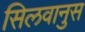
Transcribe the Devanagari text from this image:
सिलवानुस